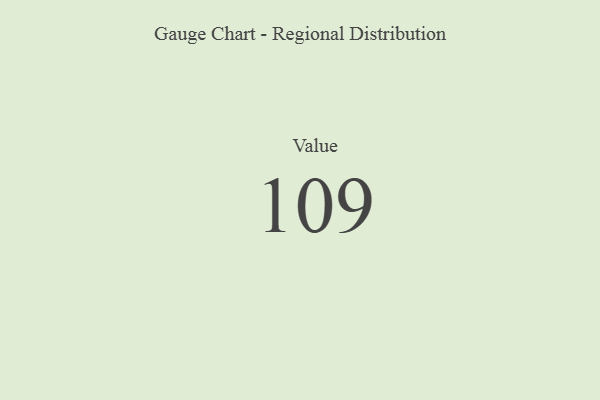
{"axis": {"x": "Metric", "y": "Value"}, "legend": [""], "data": [{"x": "Value", "y": 109, "type": ""}]}